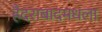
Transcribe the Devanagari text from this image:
हैदराबादमधला